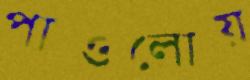
পাওলোয়